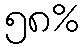
၅၈%